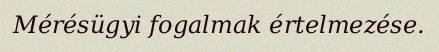
Mérésügyi fogalmak értelmezése.